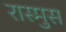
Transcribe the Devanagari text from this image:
रास्मुस